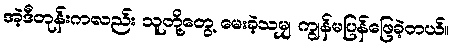
အဲ့ဒီတုန်းကလည်း သူတို့တွေ့ မေးခဲ့သမျှ ကျွန်မပြန်ဖြေခဲ့တယ်။